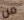
من